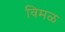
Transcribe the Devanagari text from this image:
विमळ